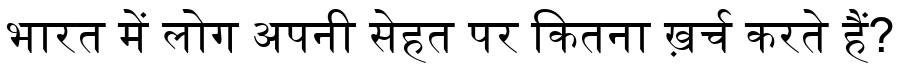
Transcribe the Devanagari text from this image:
भारत में लोग अपनी सेहत पर कितना ख़र्च करते हैं?